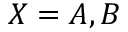
X = A , B